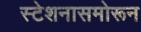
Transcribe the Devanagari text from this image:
स्टेशनासमोरून